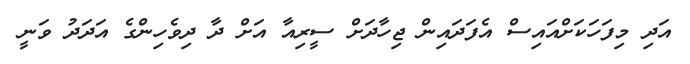
އަދި މިފަހަކަށްއައިސް އެފަދައިން ޖިހާދަށް ސީރިއާ އަށް ދާ ދިވެހިންގެ އަދަދު ވަނީ